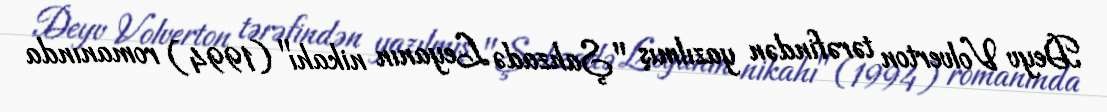
Deyv Volverton tərəfindən yazılmış "Şahzadə Leyanın nikahı" (1994) romanında